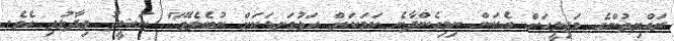
ރައްޔިތުންގެ މަޖިލީހަށް އެކަން ނިމިގެންދާނެ ކަމަކަށް އަޅުގަނޑަކަށް ނުބެލެވޭ" ނަޝީދު ވިދާޅުވި އެވެ.